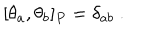
[ \theta _ { a } , \theta _ { b } ] _ { P } = \delta _ { a b } \ .